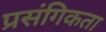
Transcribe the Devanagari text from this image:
प्रसंगिकता